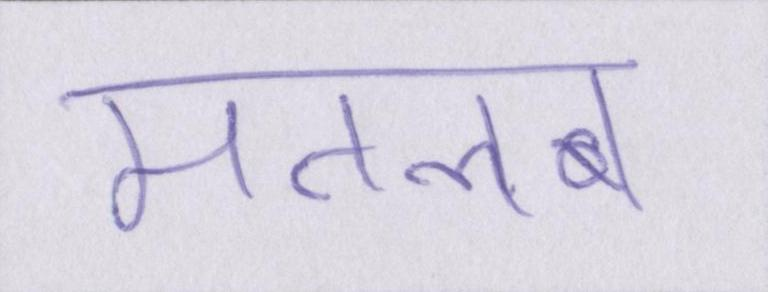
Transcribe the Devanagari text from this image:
मतलब